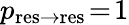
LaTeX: p_{\mathrm{res\to res}}\! =\! 1